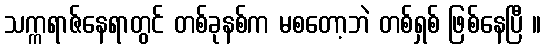
သက္ကရာဇ်နေရာတွင် တစ်ခုနစ်က မစတော့ဘဲ တစ်ရှစ် ဖြစ်နေပြီ ။